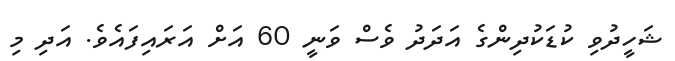
ޝަހީދުވި ކުޑަކުދިންގެ އަދަދު ވެސް ވަނީ 60 އަށް އަރައިފައެވެ. އަދި މި